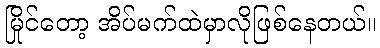
မြိုင်တော့ အိပ်မက်ထဲမှာလိုဖြစ်နေတယ်။